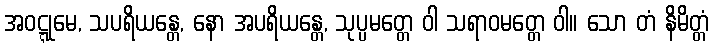
အဝဋ္ဋုမေ, သပရိယန္တေ, နော အပရိယန္တေ, သုပ္ပမတ္တေ ဝါ သရာဝမတ္တေ ဝါ။ သော တံ နိမိတ္တံ